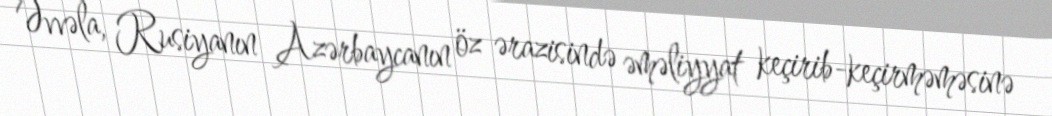
Əvvəla, Rusiyanın Azərbaycanın öz ərazisində əməliyyat keçirib-keçirməməsinə